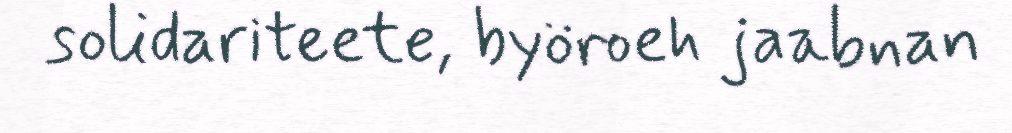
solidariteete, byöroeh jaabnan